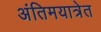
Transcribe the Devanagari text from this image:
अंतिमयात्रेत